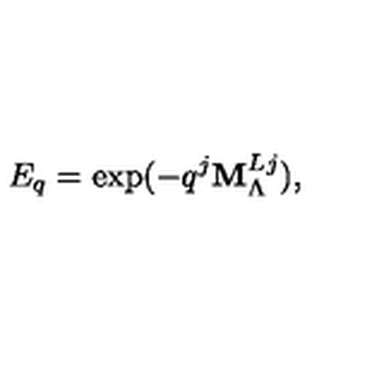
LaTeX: E _ { q } = \exp ( - q ^ { j } { \bf M } _ { \Lambda } ^ { L j } ) ,